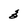
Character: 3